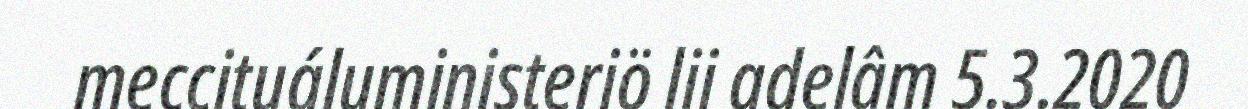
meccituáluministeriö lii adelâm 5.3.2020